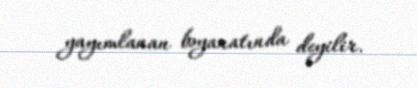
yayımlanan bəyanatında deyilir.